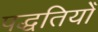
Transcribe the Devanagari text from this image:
पद्धतियोँ